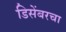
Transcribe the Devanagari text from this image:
डिसेंबरचा